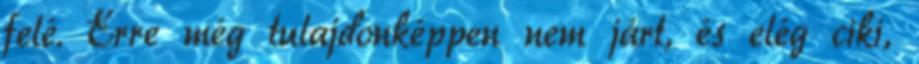
felé. Erre még tulajdonképpen nem járt, és elég ciki,